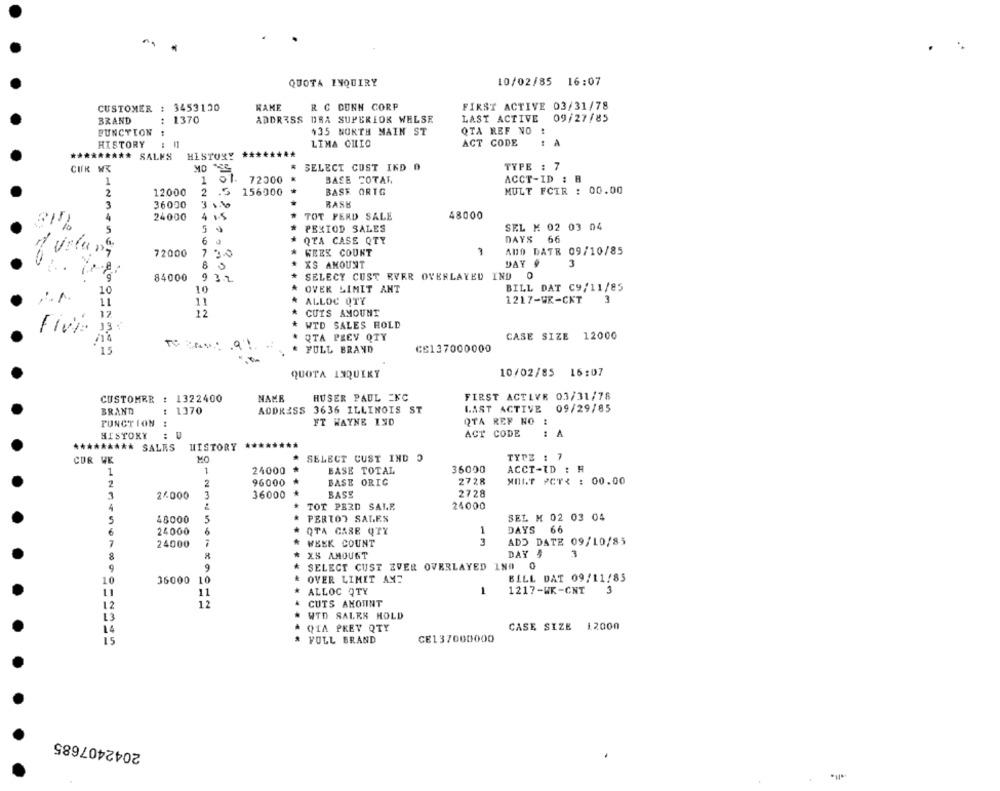
QUOTA INQUIRY
10/02/85 16:07
CUSTOMER : 3453130
NAME
R C DUNN CORP
FIRST ACTIVE 03/31/78
BRAND
: 1370
ADDRESS DBA SUPERIOR WELSE
LAST ACTIVE 09/27/85
FUNCTION
435 NORTH MAIN ST
QTA REF NO :
HISTORY
ACT CODE
! A
LIMA CHIO
********* SALES
HISTORY **
* SELECT CUST IND O
TYPE : 7
CUR WX
1
1
72300
BASE FOTAT
ACCT-ID : B
156900
BASK ORTG
MULT FCTR : 00.00
2
12000
2 .5
3
36000
3 130
RASK
TOT FERD SALE
48000
4
24000
4 1.5
15%
5
5
PERIOD SALES
SEL M 02 03 04
DAYS 66
6.
6
QTA CASE QTY
72000
730
WEEK COUNT
ADD DATE 09/10/85
. .
8
XS AMOUNT
DAYS
84000
932
SELECY CUST RVER OVERLAYED IND 0
10
10
OVER LIMIT ANT
BILL DAT C9/11/85
11
ALLOC OTY
1217-WR-CKT
3
12
12
CUIS AMOUNT
33 :
WTD SALES HOLD
Five-
QTA PEEV OTY
CASE SIZE 12000
.9 %
FULL BRAND
.
CE137000000
15
10/02/85 16:07
QUOTA LIQUIKY
FIRST ACTLVR 03/31/78
CUSTOMER : 1322400
NAME
HUSER PAUL EFC
BRAND
: 1370
ADDRESS 3636 ILLINOIS ST
LAST ACTIVE 09/29/85
FUNCTION :
FT WAYNE IND
QTA REF NO
HISTORY
ACT CODE
: A
********* SALRS
HISTORY
CUR WE
* SELECT CUST IND 5
TYPE : 7
36000
1
1
24000
BASE TOTAL
ACCT-ID : H
2
2
96000
BASE ORIC
2728
MOIT PCT : 00.00
1
24000
3
36000
BASE
2728
TOT PERD SALR
24000
5
48000
5
PERTOT SALES
SEL M 02 03 04
6
24000
6
QTA CASE QTY
1
DAYS 66
7
24000
WEEK COUNT
3
ADD DATE 09/10/85
XS AMOUNT
DAY ,
3
9
9
SELECT CUST EVER OVERLAYED INO
BILL DAT 09/11/85
10
36000 1
OVER LIMIT AME
11
11
ALLOC QTY
1
1217-WK-CNT
3
12
12
CUTS AMOUNT
13
WTD SALES HOLD
CASE SIZE 12000
14
QIA PREV QTY
15
FULL BRAND
CE137000000
2042407685